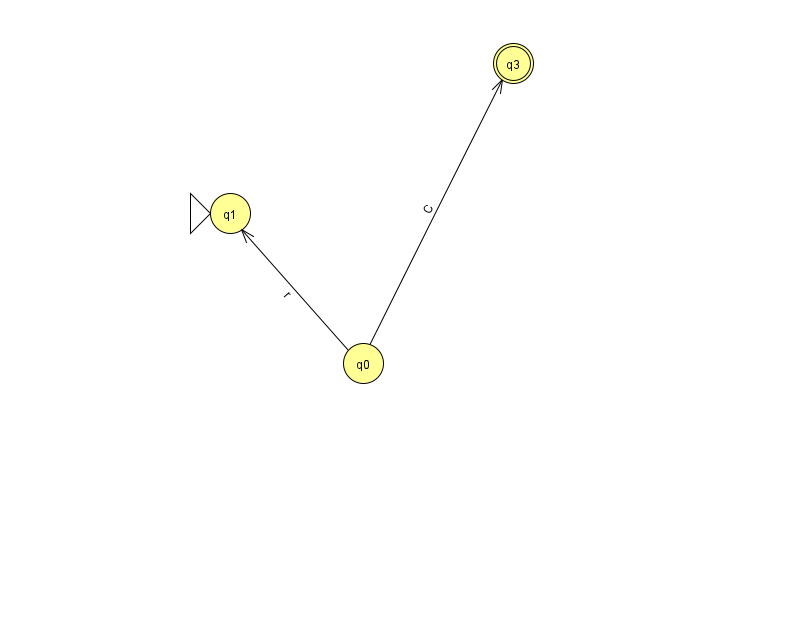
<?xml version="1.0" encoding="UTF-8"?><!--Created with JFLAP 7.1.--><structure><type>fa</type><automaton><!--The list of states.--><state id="0" name="q0"><x>363.0</x><y>350.0</y></state><state id="1" name="q1"><x>230.0</x><y>200.0</y><initial/></state><state id="3" name="q3"><x>513.0</x><y>50.0</y><final/></state><!--The list of transitions.--><transition><from>0</from><to>3</to><read>C</read></transition><transition><from>0</from><to>1</to><read>r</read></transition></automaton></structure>